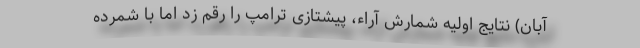
آبان) نتایج اولیه شمارش آراء، پیشتازی ترامپ را رقم زد اما با شمرده